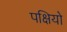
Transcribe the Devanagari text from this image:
पक्षियो